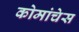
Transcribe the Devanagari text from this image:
कोमांचेस